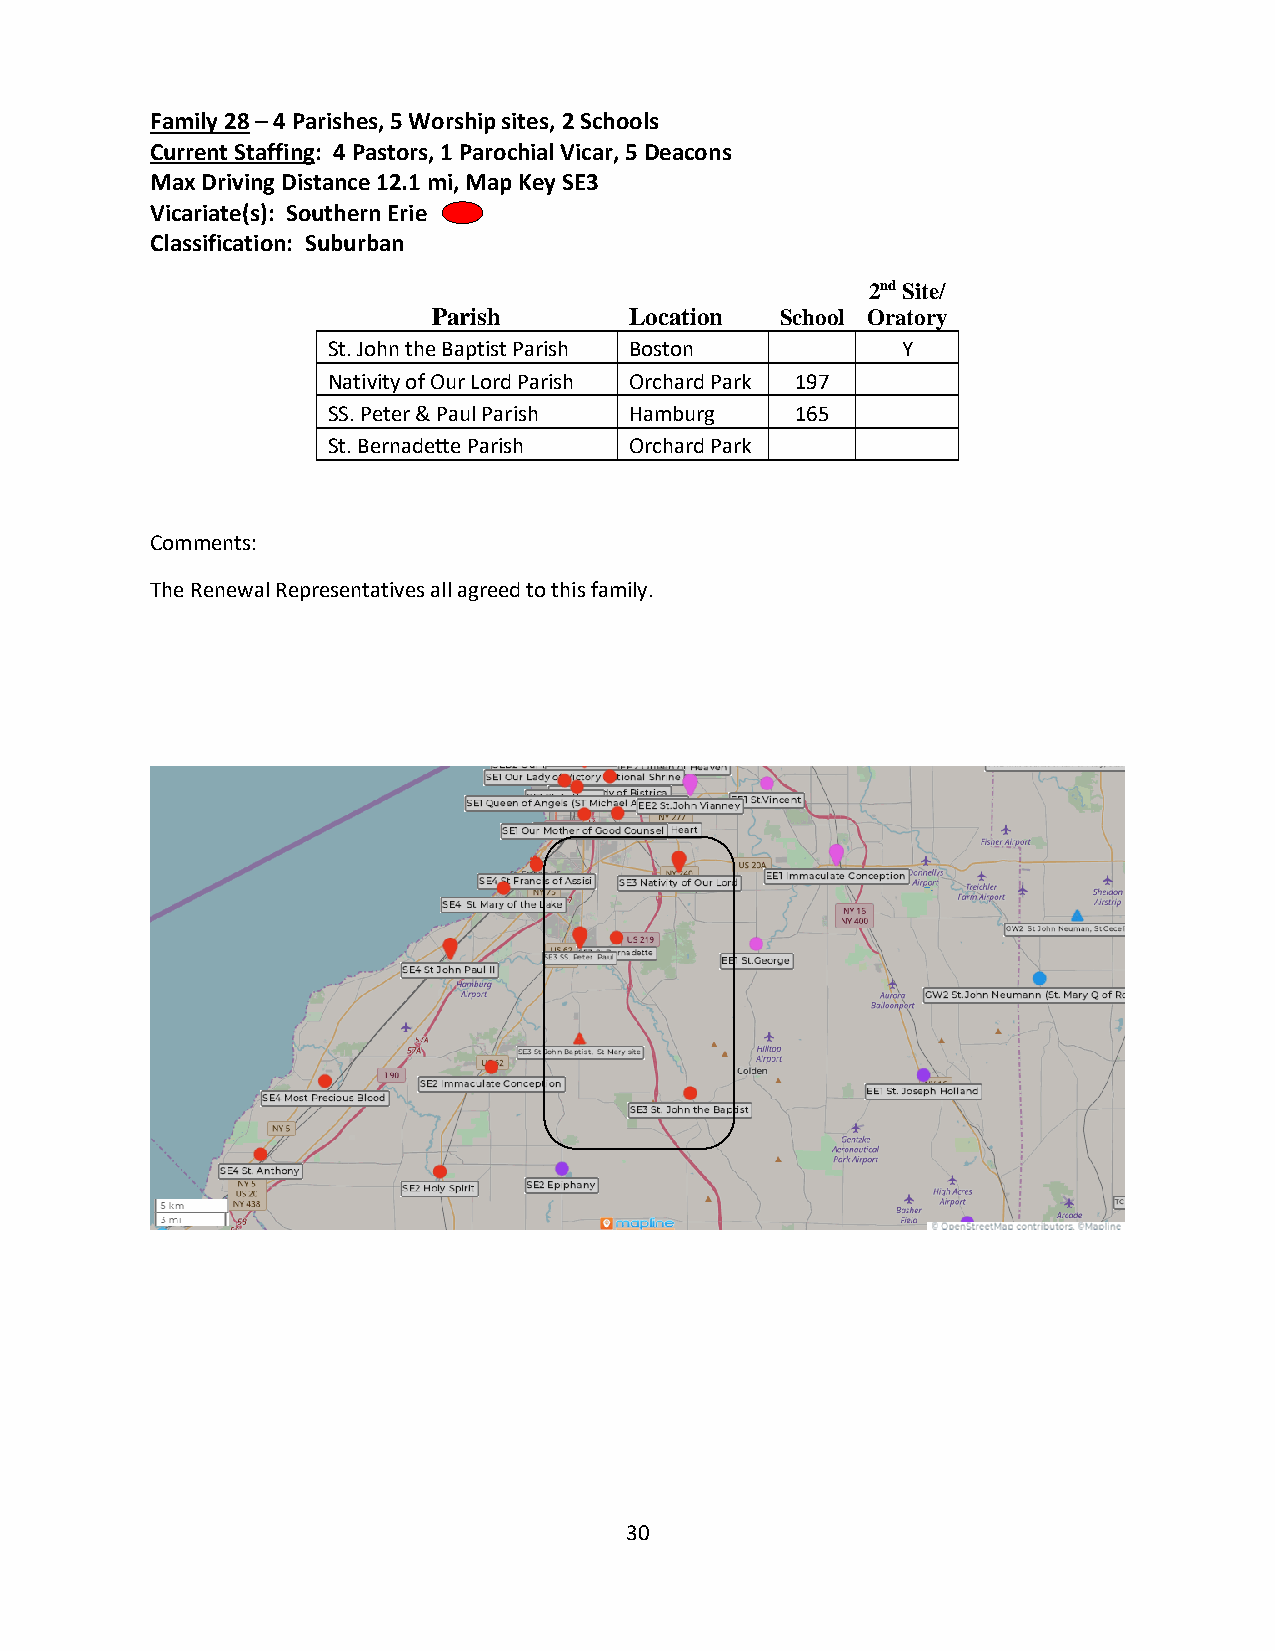
Family 28 – 4 Parishes, 5 Worship sites, 2 Schools
 Current Staffing: 4 Pastors, 1 Parochial Vicar, 5 Deacons
 Max Driving Distance 12.1 mi, Map Key SE3
 Vicariate(s): Southern Erie
 Classification: Suburban
 2nd Site/
 Parish       Location  School Oratory
 St. John the Baptist Parish Boston    Y
 Nativity of Our Lord Parish Orchard Park 197
 SS. Peter & Paul Parish Hamburg 165
 St. Bernadette Parish Orchard Park
 Comments:
 The Renewal Representatives all agreed to this family.
 30